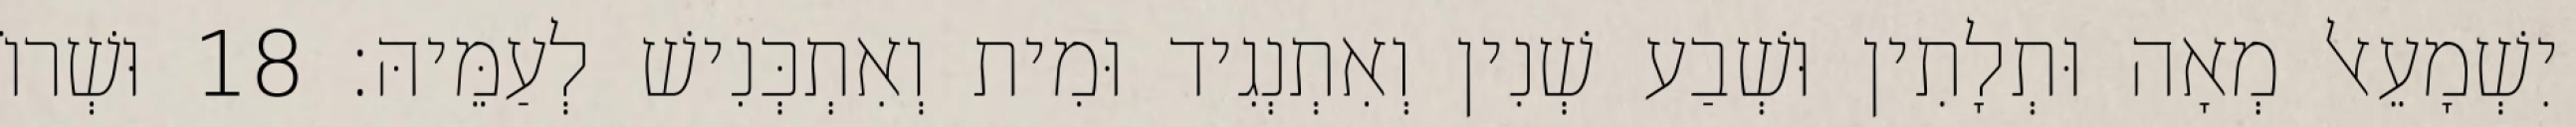
יִשְׁמָעֵאל מְאָה וּתְלָתִין וּשְׁבַע שְׁנִין וְאִתְנְגִיד וּמִית וְאִתְכְּנִישׁ לְעַמֵּיהּ׃ 18 וּשְׁרוֹ